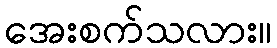
အေးစက်သလား။